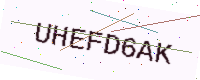
Text: UHEFD6AK